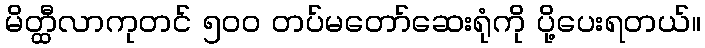
မိတ္ထီလာကုတင် ၅၀၀ တပ်မတော်ဆေးရုံကို ပို့ပေးရတယ်။